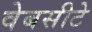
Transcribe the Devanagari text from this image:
वेबसीटे